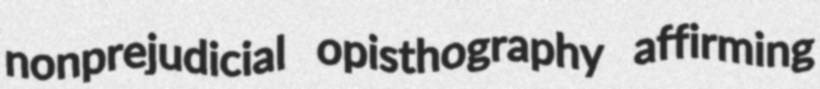
nonprejudicial opisthography affirming